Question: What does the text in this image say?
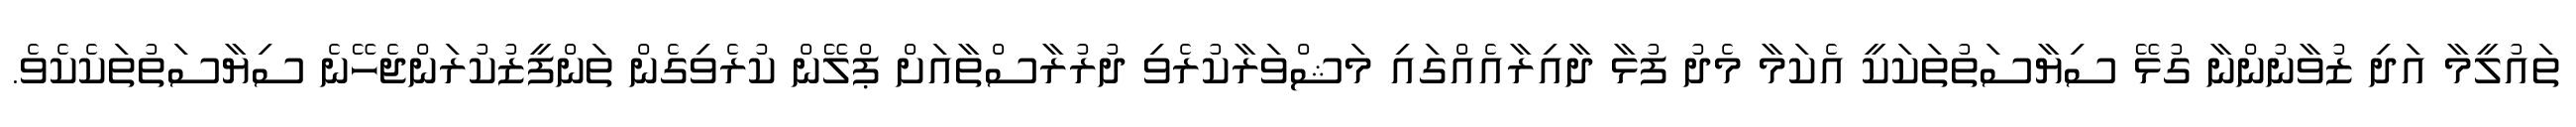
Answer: ތައުލީމާ އަދި ޒުވާނުންނާ ގުޅޭ ސިޔާސަތުތަކަކީ އެކަމާ މެދު ފުޅާ ދާއިރާއެއްގައި މަޝްވަރާކުރެވި ދުރުރާސްތާއަށް ޕްލޭން ކުރެވިގެން ތަންފީޒުކުރަންޖެހޭނެ ސިޔާސަތުތަކެކެވެ.